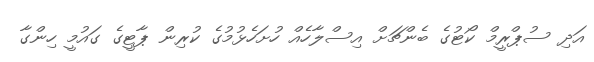
އަދި ސުޕްރީމް ކޯޓުގެ ބެންޗަށް އިސްލާހެއް ހުށަހެޅުމުގެ ކުރިން ޕާޓީގެ ގައުމީ ހިންގާ